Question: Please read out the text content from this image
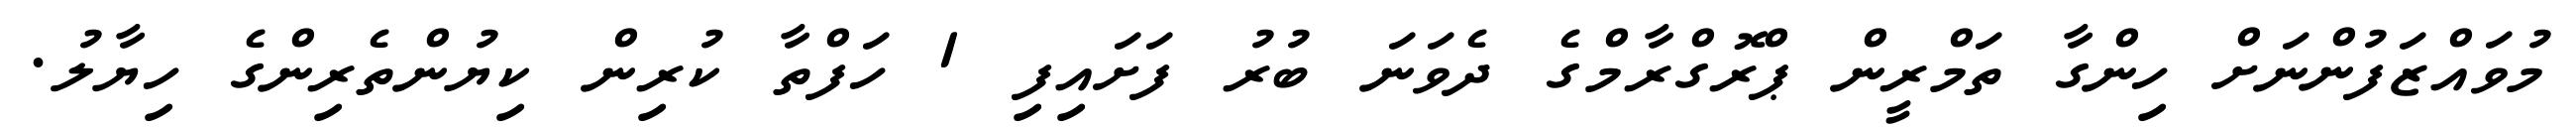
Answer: މުވައްޒަފުންނަށް ހިންގާ ތަމްރީން ޕްރޮގްރާމްގެ ދެވަނަ ބުރު ފަށައިފި 1 ހަފްތާ ކުރިން ކިޔުންތެރިންގެ ހިޔާލު.